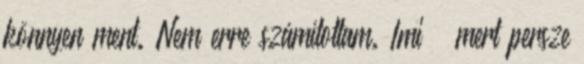
könnyen ment. Nem erre számítottam. Imi – mert persze